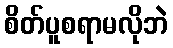
စိတ်ပူစရာမလိုဘဲ